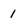
Character: 1